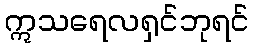
ဣသရေလရှင်ဘုရင်